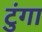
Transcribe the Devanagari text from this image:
टुंगा